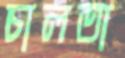
চালতা